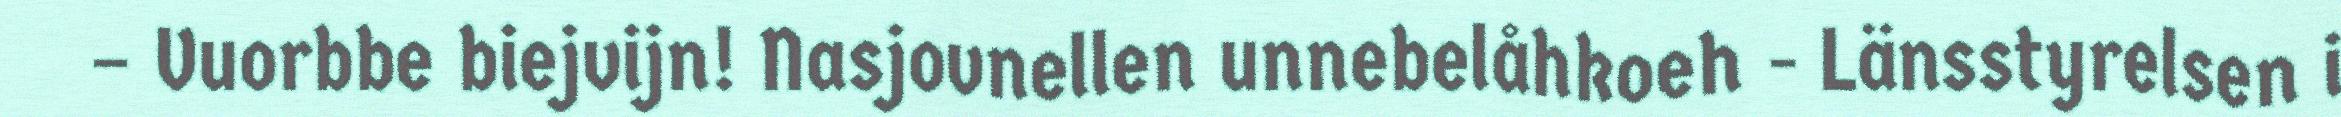
– Vuorbbe biejvijn! Nasjovnellen unnebelåhkoeh - Länsstyrelsen i